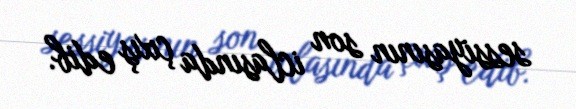
sessiyasının son iclasında çıxış edib.